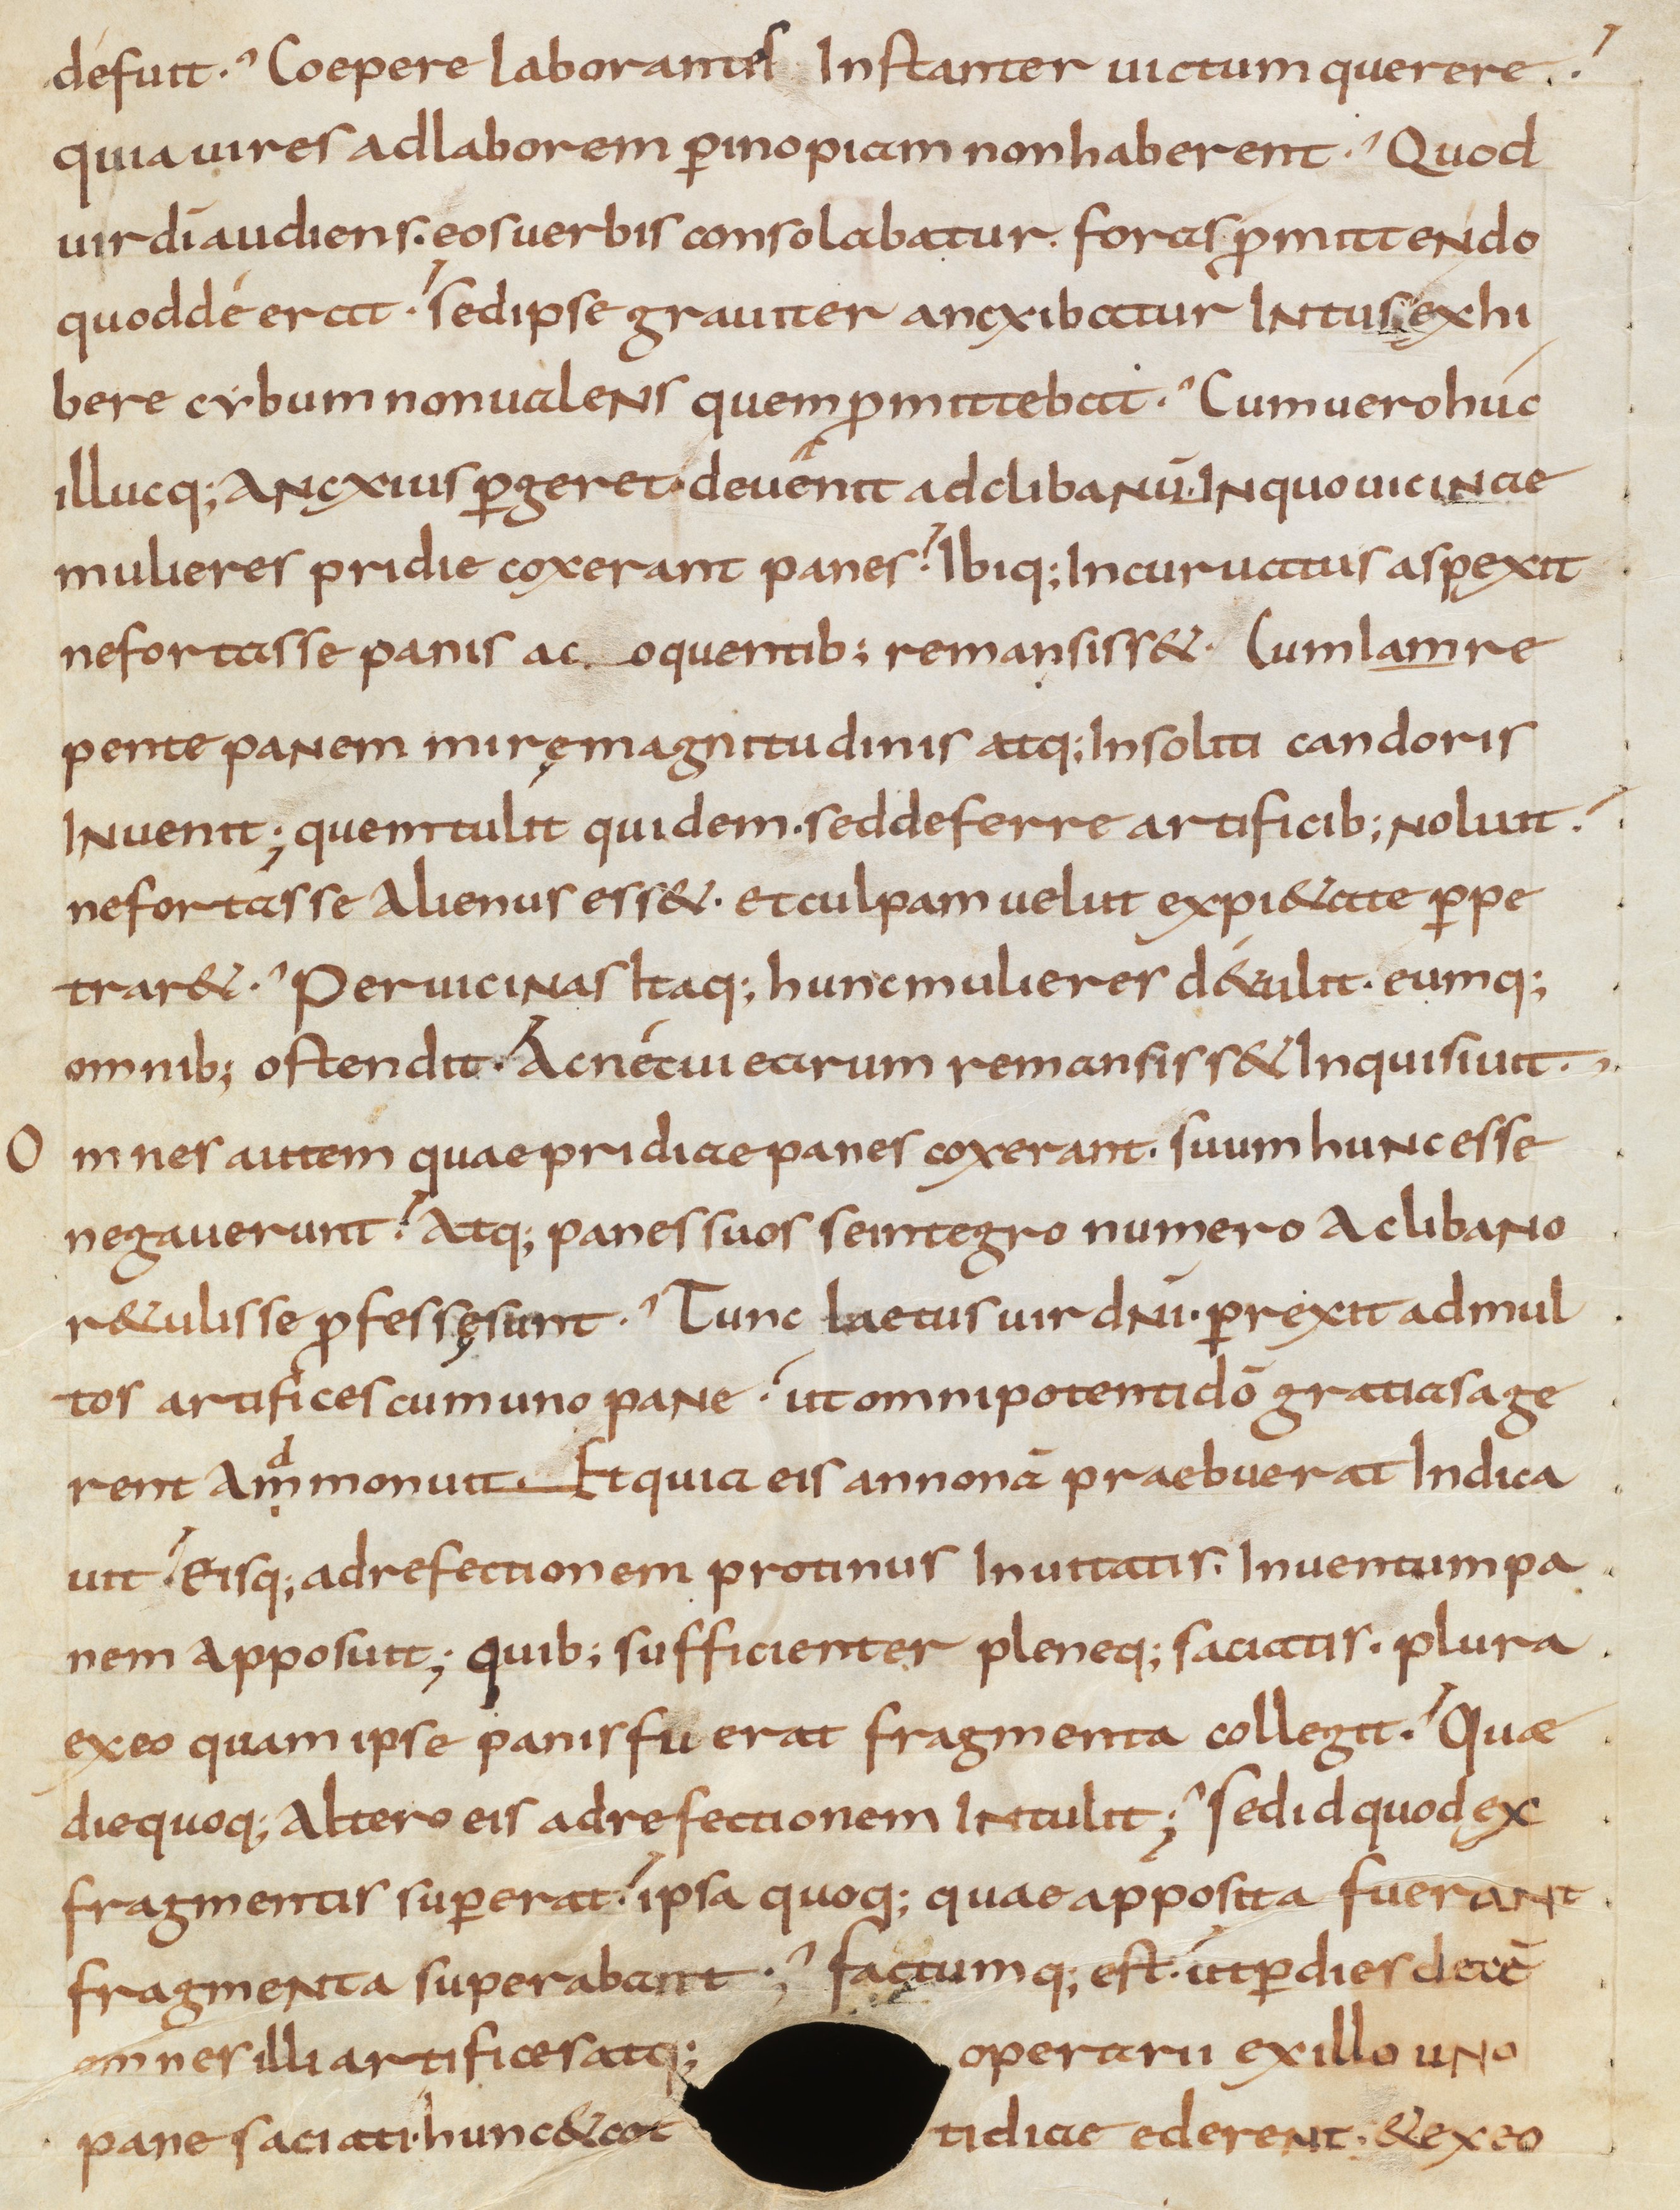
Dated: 900–999